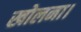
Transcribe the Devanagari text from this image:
खोलना।